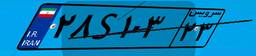
۲۸S۱۰۳۲۳